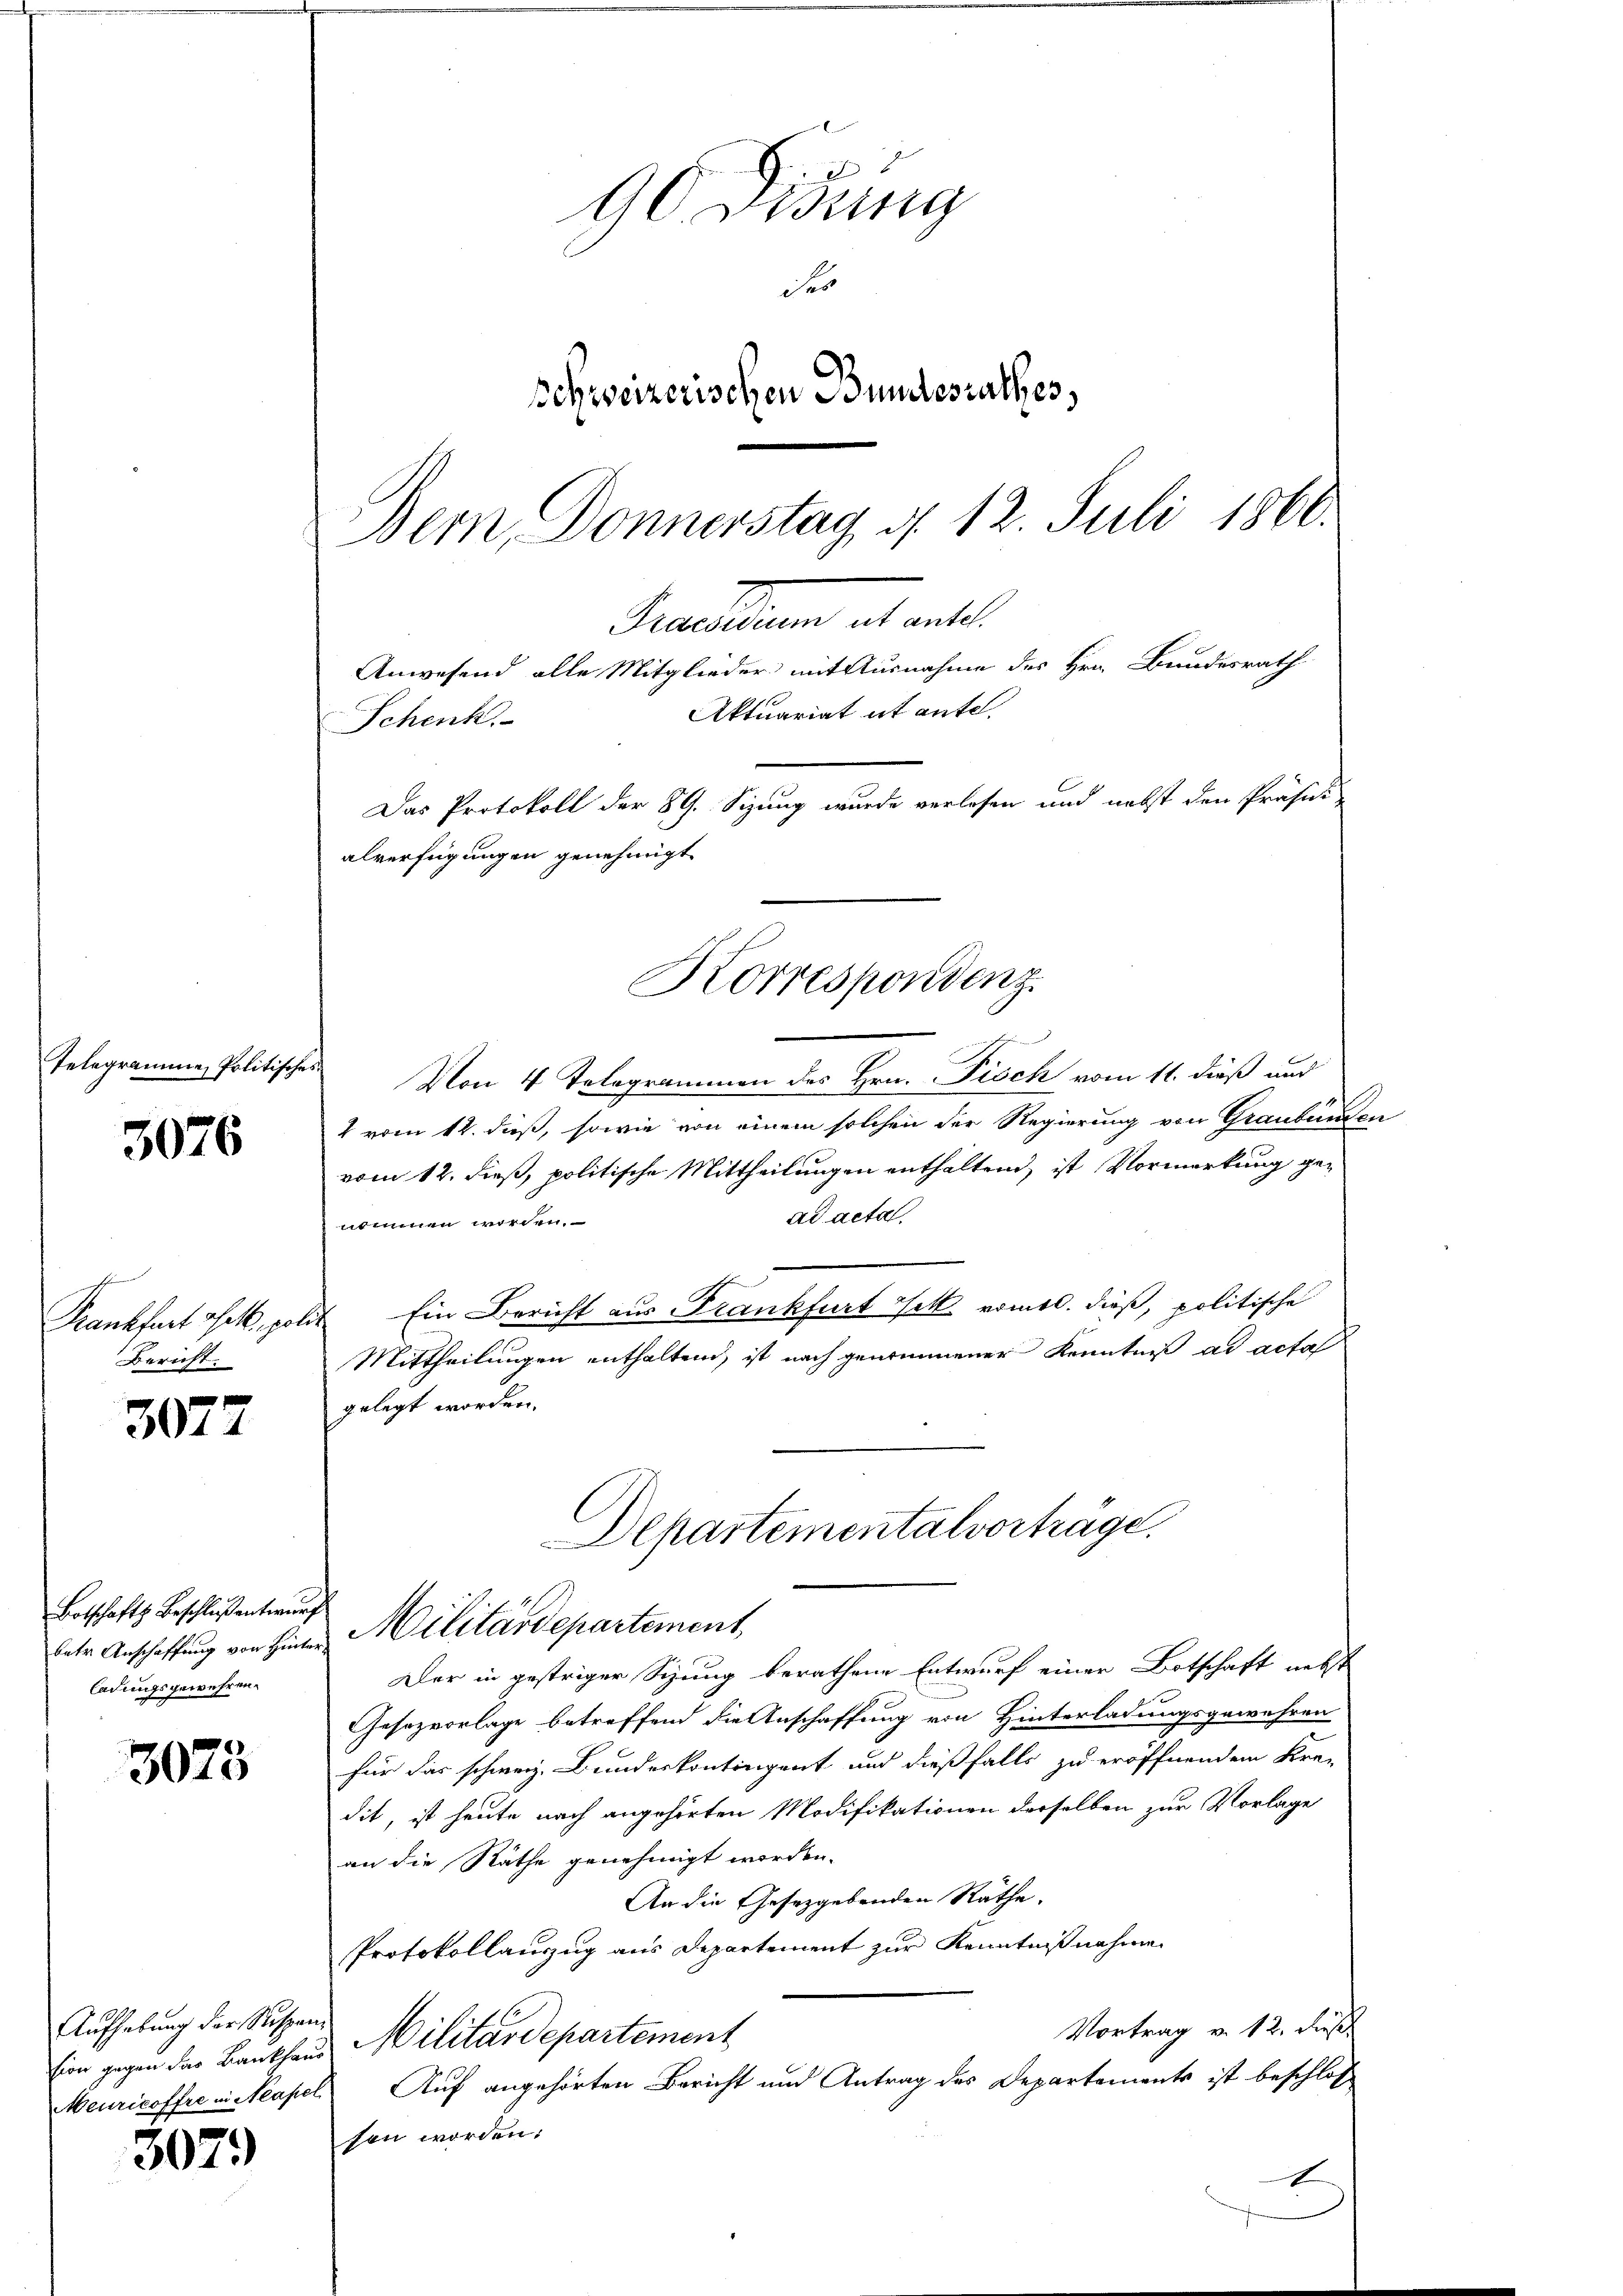
Telegramme, Politisches.

3076

Bericht.

3072

Botschafts Beschluß entwurf
ladungsgewehren.

3075

Aufhebung der Respen
Meuricoffre in Neapel

3079

90 Didung
des
Behweizerischen Bundesrathes,
Bern Donnerstag d. 12. Juli 1866.

Von 4 Telegrammen des Hrn. Fisch vom 11. dieß und
4 vom 12. dieß, sowie von einem solchen der Regierung von Graubünden
vom 12. dieß, politische Mittheilungen enthaltend, ist Vormerkung gead acta.
nommen worden.
Krankfurt sek. polit. Ein Bericht aus Frankfurt Fett romtl. dieß, politische
Mittheilungen enthaltend, ist nach genommener Kenntniß ad acta
gelegt worden.
Departementalvorträge.
betr. Anschaffung von Hinter Militärdepartement,
Der in gestriger Sihung berathene Entwurf einer Botschaft nebst
Gesezvorlage betreffend die Anschaffung von Hinterladungsgewehren
für das schweiz. Bundeskontingent und dießfalls zu eröffnendem Kre-
dit, ist heute nach angehörten Modifikationen derselben zur Vorlage
an die Räthe genehmigt worden.
An die Gesetzgebenden Räthe.
Protokollauszug aus Departement zur Kenntnißnahme
Vortrag v. 12. dies
Ein gegen die Bankhaus Militärdepartement
Auf angehörten Bericht und Antrag des Departements ist beschloß
sen worden.
E

Schenk
Das Protokoll der 89. Sizung wurde verlesen und nebst den Präsidialverfügungen genehmigt.
Korrespondenz.

Senselben das ent¬
Anwesend alle Mitglieder mit Ausnahme des Hrn. Bundesrath

Aktuariat it ente.